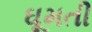
ઘૂમતી